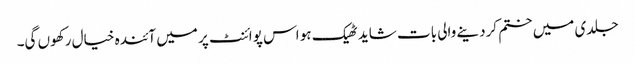
جلدی میں ختم کردینے والی بات شاید ٹھیک ہو اس پوائنٹ پر میں آئندہ خیال رکھوں گی۔